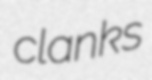
clanks